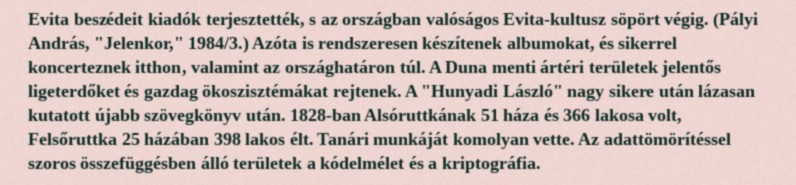
Evita beszédeit kiadók terjesztették, s az országban valóságos Evita-kultusz söpört végig. (Pályi András, "Jelenkor," 1984/3.) Azóta is rendszeresen készítenek albumokat, és sikerrel koncerteznek itthon, valamint az országhatáron túl. A Duna menti ártéri területek jelentős ligeterdőket és gazdag ökoszisztémákat rejtenek. A "Hunyadi László" nagy sikere után lázasan kutatott újabb szövegkönyv után. 1828-ban Alsóruttkának 51 háza és 366 lakosa volt, Felsőruttka 25 házában 398 lakos élt. Tanári munkáját komolyan vette. Az adattömörítéssel szoros összefüggésben álló területek a kódelmélet és a kriptográfia.